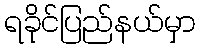
ရခိုင်ပြည်နယ်မှာ